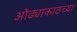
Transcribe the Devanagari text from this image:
ओढ्याकाठच्या